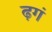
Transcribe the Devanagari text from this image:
ढ़गं